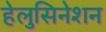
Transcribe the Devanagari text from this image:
हेलुसिनेशन